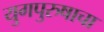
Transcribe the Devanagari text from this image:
युगपुरुषाचा